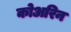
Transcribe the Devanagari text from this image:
कोअरिन